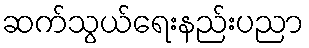
ဆက်သွယ်ရေးနည်းပညာ